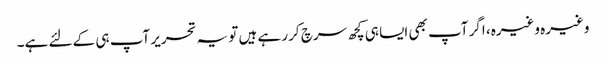
وغیرہ وغیرہ، اگر آپ بھی ایسا ہی کچھ سرچ کر رہے ہیں تو یہ تحریر آپ ہی کے لئے ہے۔